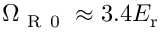
\Omega _ { \mathrm { ~ R ~ 0 ~ } } \approx 3 . 4 E _ { \mathrm { { r } } }